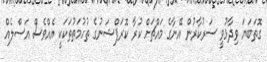
ގޮތަބަޔަ ވިދާޅުވީ ސަރުކާރުން އޭނާގެ މައްޗަށް ކުރާ ކޮރަޕްޝަނުގެ ތުހުމަތުތަކަކީ އެއްވެސް އަސްލެއް